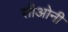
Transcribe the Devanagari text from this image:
सीओनी